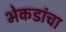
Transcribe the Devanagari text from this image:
भेकडांचा